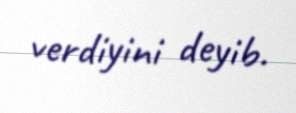
verdiyini deyib.